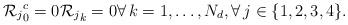
LaTeX: \begin{align*} {\mathcal{R}_j}_0^c = 0 {\mathcal{R}_j}_k = 0 \forall \, k=1,\dots,N_d, \forall \, j \in \{1,2,3,4\}. \end{align*}